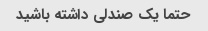
حتما یک صندلی داشته باشید